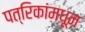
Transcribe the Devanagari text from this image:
पत्रिकांमधून